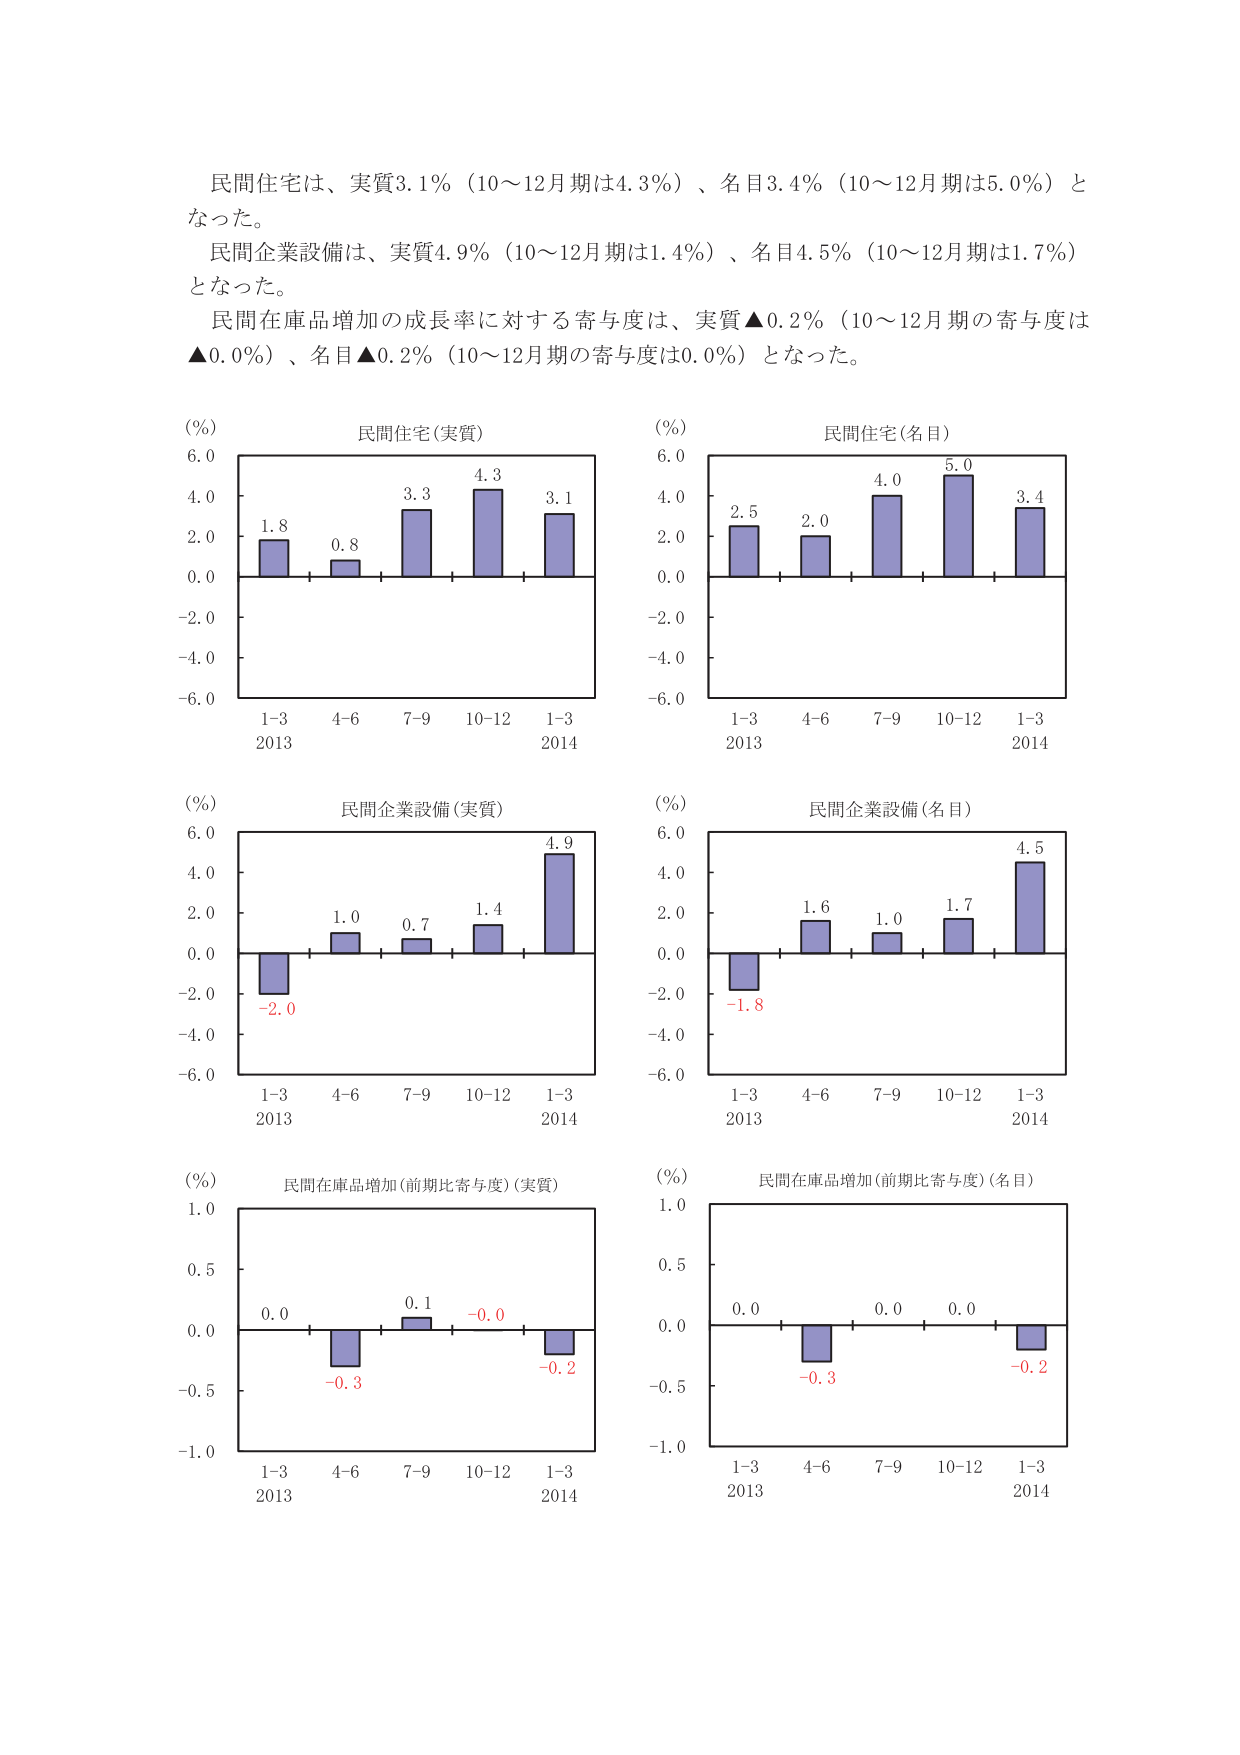
民間住宅は、実質3.1％（10～12月期は4.3％）、名目3.4％（10～12月期は5.0％）となった。

民間企業設備は、実質4.9％（10～12月期は1.4％）、名目4.5％（10～12月期は1.7％）となった。

民間在庫品増加の成長率に対する寄与度は、実質▲0.2％（10～12月期の寄与度は▲0.0％）、名目▲0.2％（10～12月期の寄与度は0.0％）となった。

(%) 民間住宅(実質)
6.0
4.0
2.0
0.0
-2.0
-4.0
-6.0
1.8
0.8
3.3
4.3
3.1
1-3 4-6 7-9 10-12 1-3
2013 2014

(%) 民間住宅(名目)
6.0
4.0
2.0
0.0
-2.0
-4.0
-6.0
2.5
2.0
4.0
5.0
3.4
1-3 4-6 7-9 10-12 1-3
2013 2014

(%) 民間企業設備(実質)
6.0
4.0
2.0
0.0
-2.0
-4.0
-6.0
-2.0
1.0
0.7
1.4
4.9
1-3 4-6 7-9 10-12 1-3
2013 2014

(%) 民間企業設備(名目)
6.0
4.0
2.0
0.0
-2.0
-4.0
-6.0
-1.8
1.6
1.0
1.7
4.5
1-3 4-6 7-9 10-12 1-3
2013 2014

(%) 民間在庫品増加(前期比寄与度)(実質)
1.0
0.5
0.0
-0.5
-1.0
0.0
-0.3
0.1
-0.0
-0.2
1-3 4-6 7-9 10-12 1-3
2013 2014

(%) 民間在庫品増加(前期比寄与度)(名目)
1.0
0.5
0.0
-0.5
-1.0
0.0
-0.3
0.0
0.0
-0.2
1-3 4-6 7-9 10-12 1-3
2013 2014